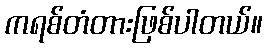
ကရစ်တံတားဖြစ်ပါတယ်။